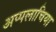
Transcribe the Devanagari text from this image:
अप्पलाचिया